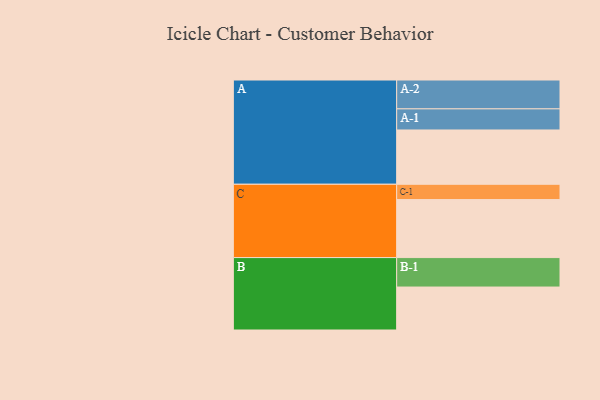
{"axis": {"x": "Segment", "y": "Value"}, "legend": ["", "A", "B", "C"], "data": [{"x": "A", "y": 542, "type": ""}, {"x": "B", "y": 429, "type": ""}, {"x": "C", "y": 579, "type": ""}, {"x": "A-1", "y": 211, "type": "A"}, {"x": "A-2", "y": 288, "type": "A"}, {"x": "B-1", "y": 294, "type": "B"}, {"x": "C-1", "y": 153, "type": "C"}]}